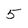
Character: 5